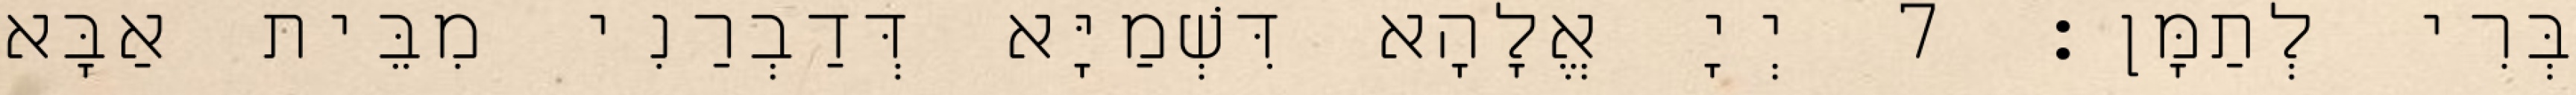
בְּרִי לְתַמָּן׃ 7 יְיָ אֱלָהָא דִּשְׁמַיָּא דְּדַבְרַנִי מִבֵּית אַבָּא